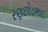
રણછોડભાઇ